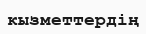
кызметтердің